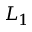
L _ { 1 }